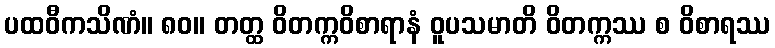
ပထဝီကသိဏံ။ ၈၀။ တတ္ထ ဝိတက္ကဝိစာရာနံ ဝူပသမာတိ ဝိတက္ကဿ စ ဝိစာရဿ